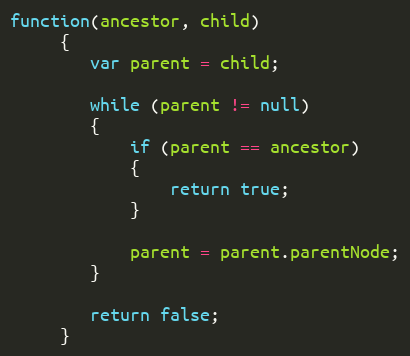
Language: JavaScript
function(ancestor, child)
	 {
	 	var parent = child;

	 	while (parent != null)
	 	{
	 		if (parent == ancestor)
	 		{
	 			return true;
	 		}

	 		parent = parent.parentNode;
	 	}

	 	return false;
	 }